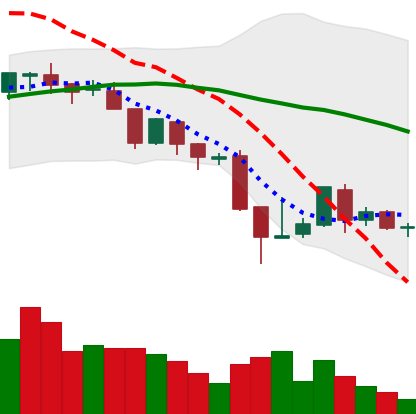
Ticker: BNB-USD
Chart end date: 2018-08-21
Forward return: 4.848%
Label: up_3_5